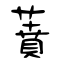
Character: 蕡